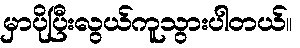
မှာပိုပြီးလွယ်ကူသွားပါတယ်။